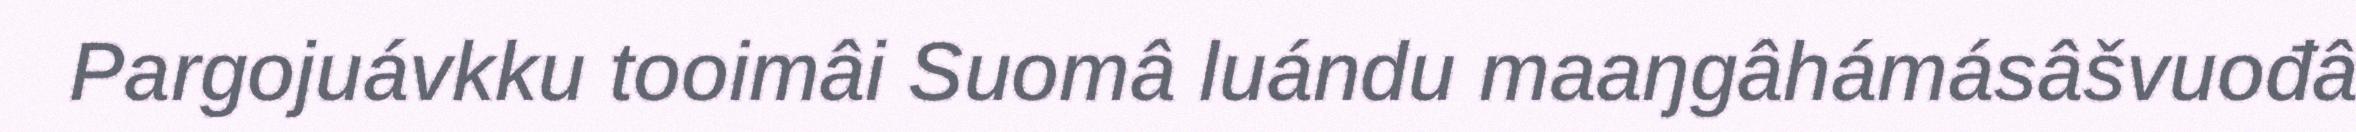
Pargojuávkku tooimâi Suomâ luándu maaŋgâhámásâšvuođâ